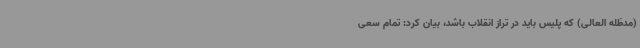
(مدظله العالی) که پلیس باید در تراز انقلاب باشد، بیان کرد: تمام سعی